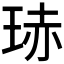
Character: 𭹍